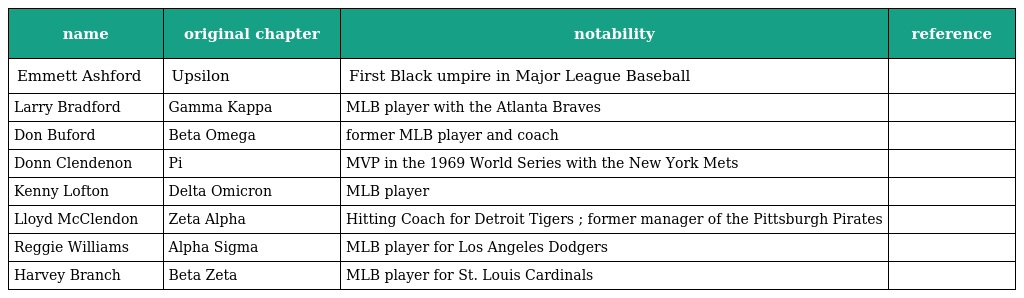
| name | original chapter | notability | reference |
 | --- | --- | --- | --- |
 | Emmett Ashford | Upsilon | First Black umpire in Major League Baseball |  |
 | Larry Bradford | Gamma Kappa | MLB player with the Atlanta Braves |  |
 | Don Buford | Beta Omega | former MLB player and coach |  |
 | Donn Clendenon | Pi | MVP in the 1969 World Series with the New York Mets |  |
 | Kenny Lofton | Delta Omicron | MLB player |  |
 | Lloyd McClendon | Zeta Alpha | Hitting Coach for Detroit Tigers ; former manager of the Pittsburgh Pirates |  |
 | Reggie Williams | Alpha Sigma | MLB player for Los Angeles Dodgers |  |
 | Harvey Branch | Beta Zeta | MLB player for St. Louis Cardinals |  |